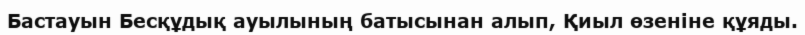
Бастауын Бесқұдық ауылының батысынан алып, Қиыл өзеніне құяды.